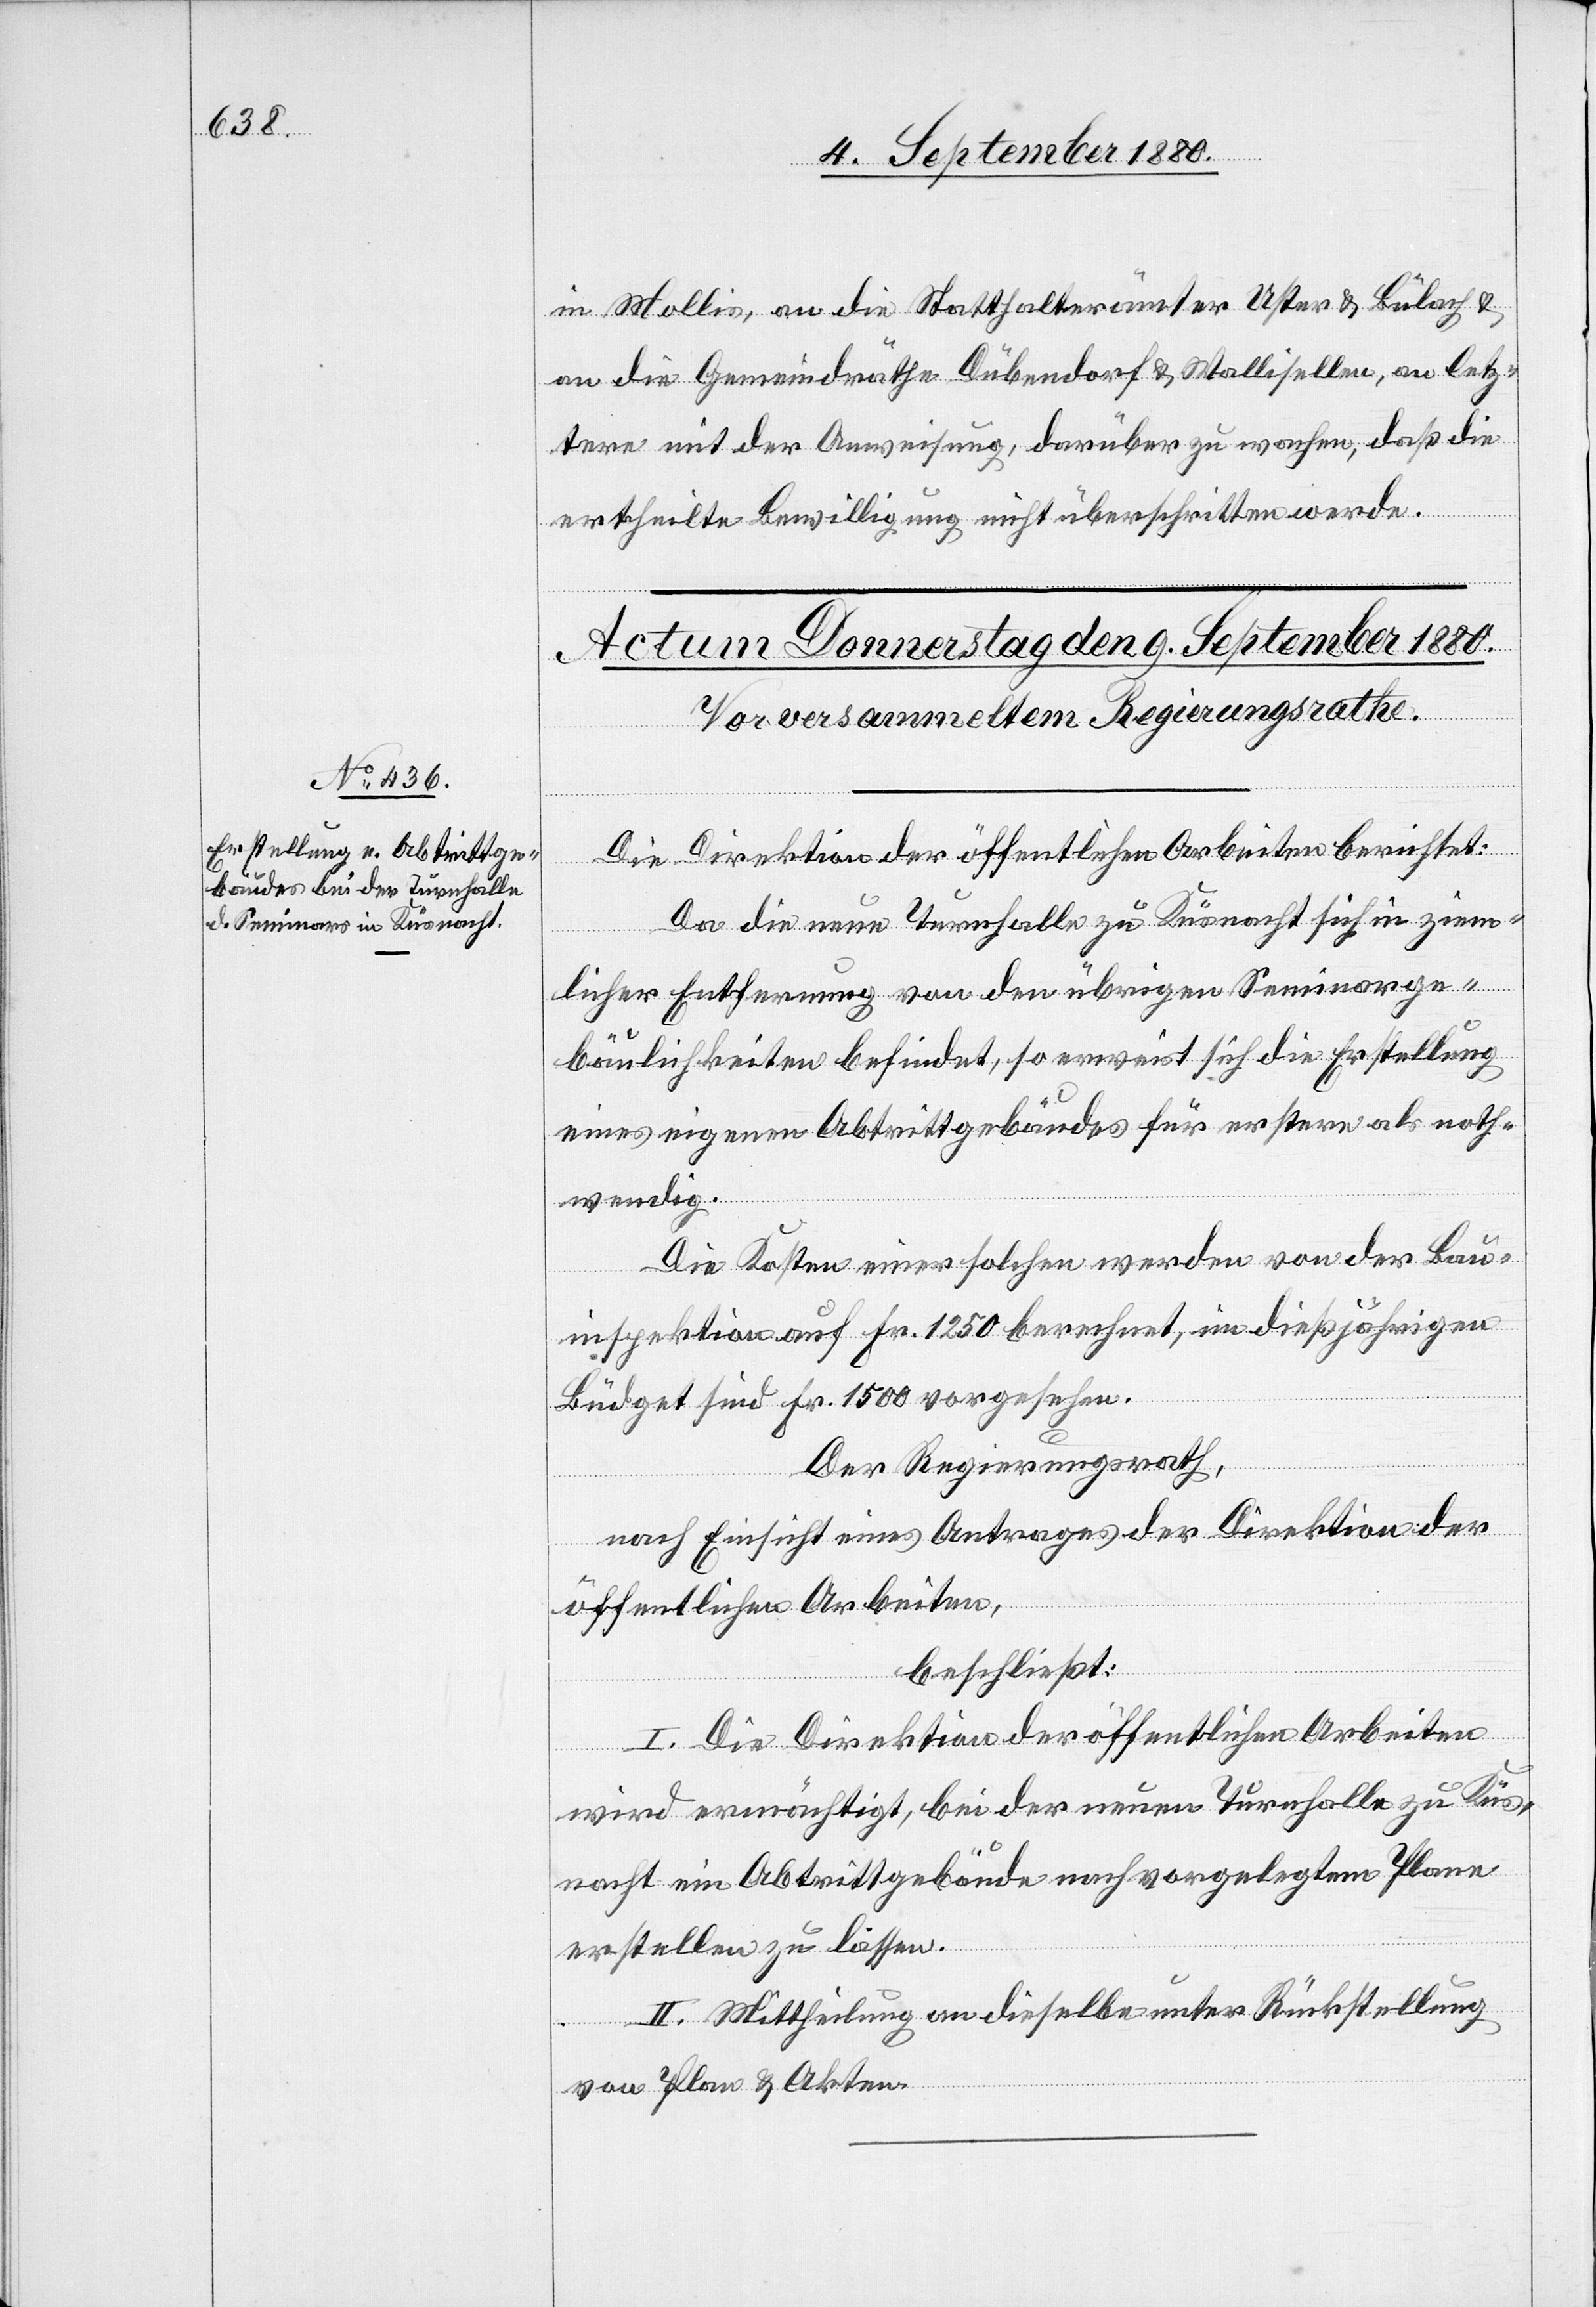
in Mollis, an die Statthalterämter Uster & Bülach &
an die Gemeindräthe Dübendorf & Wallisellen, an letz¬
tere mit der Anweisung, darüber zu wachen, daß die
ertheilte Bewilligung nicht überschritten werde.
Die Direktion der öffentlichen Arbeiten berichtet:
Da die neue Turnhalle zu Küsnacht sich in ziem¬
licher Entfernung von den übrigen Seminarge¬
bäulichkeiten befindet, so erweist sich die Erstellung
eines eigenen Abtrittgebäudes für ersteres als noth¬
wendig.
Die Kosten einer solchen werden von der Bau¬
inspektion Fr. 1250 berechnet, im dießjährigen
Budget sind Fr. 1500 vorgesehen.
Der Regierungsrath,
nach Einsicht eines Antrages der Direktion der
öffentlichen Arbeiten
beschließt:
I. Die Direktion der öffentlichen Arbeiten
wird ermächtigt, bei der neuen Turnhalle zu Küs¬
nacht ein Abtrittgebäude nach vorgelegtem Plane
erstellen zu lassen.
II. Mittheilung an dieselbe unter Rückstellung
von Plan & Akten.